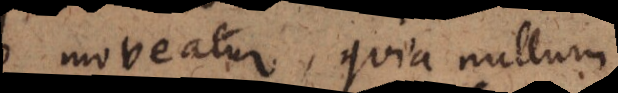
moveatur, quia nullum